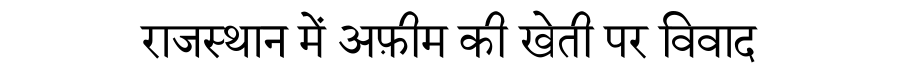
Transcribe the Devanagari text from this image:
राजस्थान में अफ़ीम की खेती पर विवाद